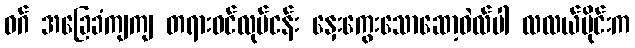
ဝဂ် အခြေခံကျကျ တရားဝင်လုပ်ငန်း နှေးကွေးသောဆော့ဝဲလ်ပါ လလယ်ပိုင်းက